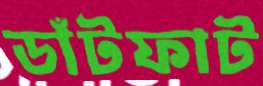
ডাঁটফাট